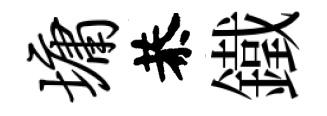
墉恭鐵